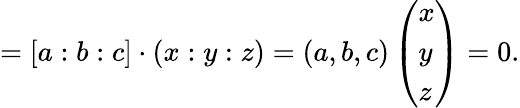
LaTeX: =[a:b:c]\cdot(x:y:z)=(a,b,c)\left({\begin{array}{l}{x}\\ {y}\\ {z}\end{array}}\right)=0.